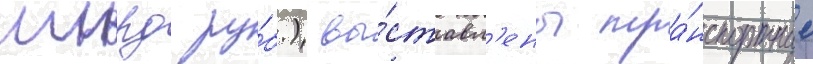
млрд ру́б.) вы́ставл'ены тра́нспортные